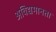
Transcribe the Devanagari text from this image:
अविद्यमानता